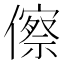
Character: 𬿺